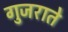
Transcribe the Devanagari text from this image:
गुजराते